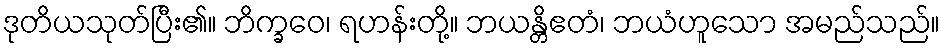
ဒုတိယသုတ်ပြီး၏။ ဘိက္ခဝေ၊ ရဟန်းတို့။ ဘယန္တိဧတံ၊ ဘယံဟူသော အမည်သည်။